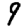
Digit: 9